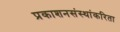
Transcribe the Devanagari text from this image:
प्रकाशनसंस्थांकरिता